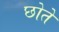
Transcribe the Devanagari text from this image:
छोते